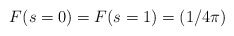
\begin{align*}F(s=0) = F(s=1) = (1/4\pi)\end{align*}